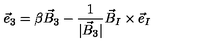
{ \vec { e } } _ { 3 } = \beta { \vec { B } } _ { 3 } - \frac { 1 } { | { \vec { B } } _ { 3 } | } { \vec { B } } _ { I } \times { \vec { e } } _ { I }